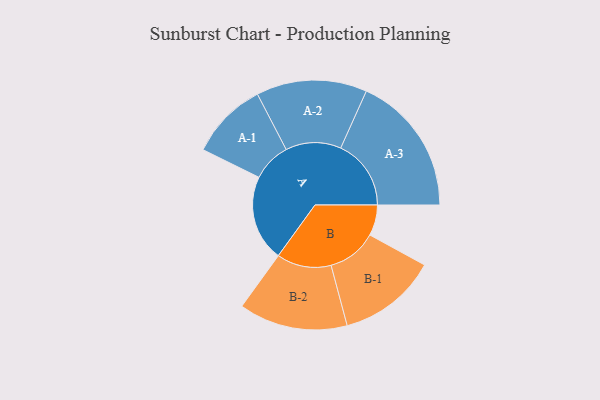
{"axis": {"x": "Segment", "y": "Value"}, "legend": ["", "A", "B"], "data": [{"x": "A", "y": 286, "type": ""}, {"x": "B", "y": 102, "type": ""}, {"x": "A-1", "y": 129, "type": "A"}, {"x": "A-2", "y": 184, "type": "A"}, {"x": "A-3", "y": 234, "type": "A"}, {"x": "B-1", "y": 165, "type": "B"}, {"x": "B-2", "y": 181, "type": "B"}]}